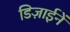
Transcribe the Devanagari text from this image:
डिज़ाईनें